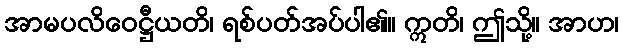
အာမပလိဝေဋ္ဌီယတိ၊ ရစ်ပတ်အပ်ပါ၏။ ဣတိ၊ ဤသို့။ အာဟ၊